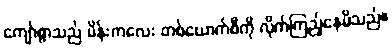
ကျော်စွာသည် မိန်းကလေး တစ်ယောက်စီကို လိုက်ကြည့်နေမိသည်။